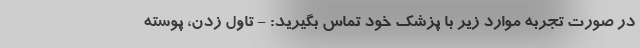
در صورت تجربه موارد زیر با پزشک خود تماس بگیرید: - تاول زدن، پوسته